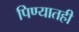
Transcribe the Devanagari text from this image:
पिण्यातही